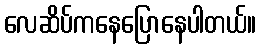
လေဆိပ်ကနေပြောနေပါတယ်။